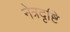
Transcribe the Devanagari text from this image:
नेत्रदृष्टि